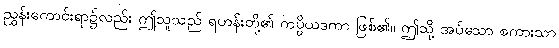
ညွှန်းကောင်းရာ၌လည်း ဤသူသည် ရဟန်းတို့၏ ကပ္ပိယဒကာ ဖြစ်၏။ ဤသို့ အပ်သော စကားသာ